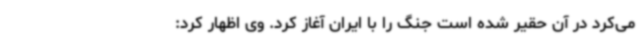
می‌کرد در آن حقیر شده است جنگ را با ایران آغاز کرد. وی اظهار کرد: